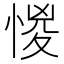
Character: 惾